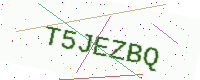
Text: T5JEZBQ